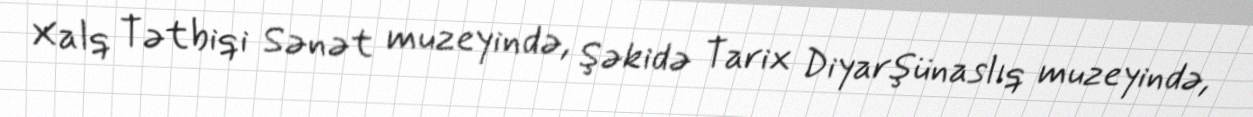
Xalq Tətbiqi Sənət muzeyində, Şəkidə Tarix Diyarşünaslıq muzeyində,